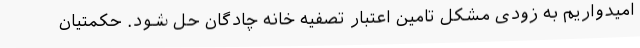
امیدواریم به زودی مشکل تامین اعتبار تصفیه خانه چادگان حل شود. حکمتیان